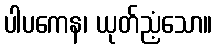
ပါပကေန၊ ယုတ်ညံ့သော။